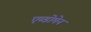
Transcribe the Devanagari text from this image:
एब्डोमेन